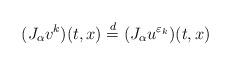
LaTeX: \begin{align*} (J_{\alpha} v^k)(t,x) \stackrel{d}{=} (J_{\alpha} u^{\varepsilon_k})(t,x) \end{align*}